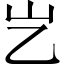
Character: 𡴯